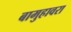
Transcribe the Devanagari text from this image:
बामुहावरा